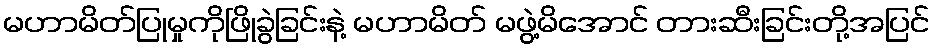
မဟာမိတ်ပြုမှုကိုဖြိုခွဲခြင်းနဲ့ မဟာမိတ် မဖွဲ့မိအောင် တားဆီးခြင်းတို့အပြင်